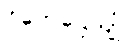
ဝိဟေဌေယျုံ